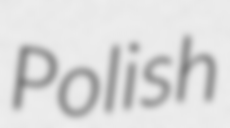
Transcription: Polish